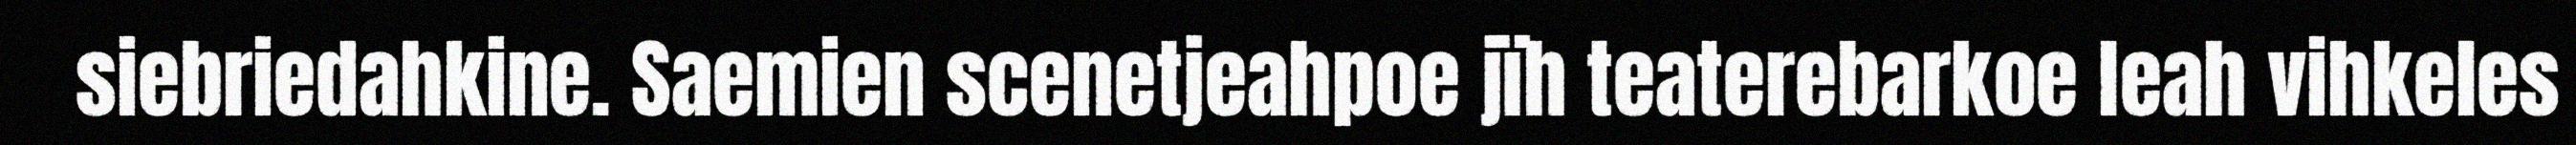
siebriedahkine. Saemien scenetjeahpoe jïh teaterebarkoe leah vihkeles